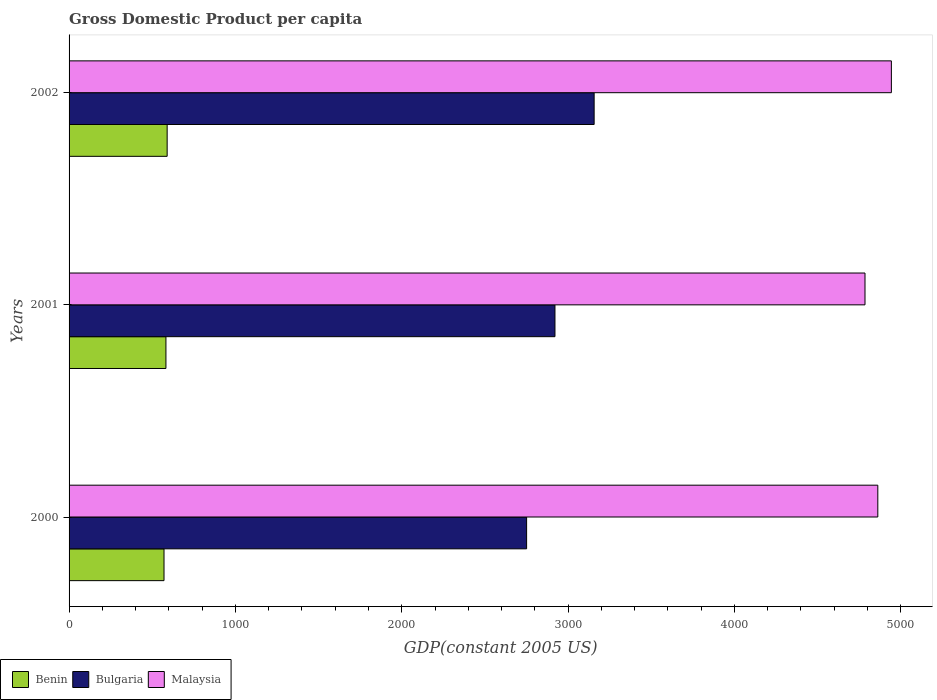
| Years | Benin | Bulgaria | Malaysia |
 | --- | --- | --- | --- |
 | 2000 | 571 | 2.75e+03 | 4.86e+03 |
 | 2001 | 582 | 2.92e+03 | 4.78e+03 |
 | 2002 | 590 | 3.16e+03 | 4.94e+03 |